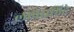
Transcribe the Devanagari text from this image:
लोपेरामिदे